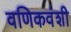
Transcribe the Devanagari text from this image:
वणिकवंशी